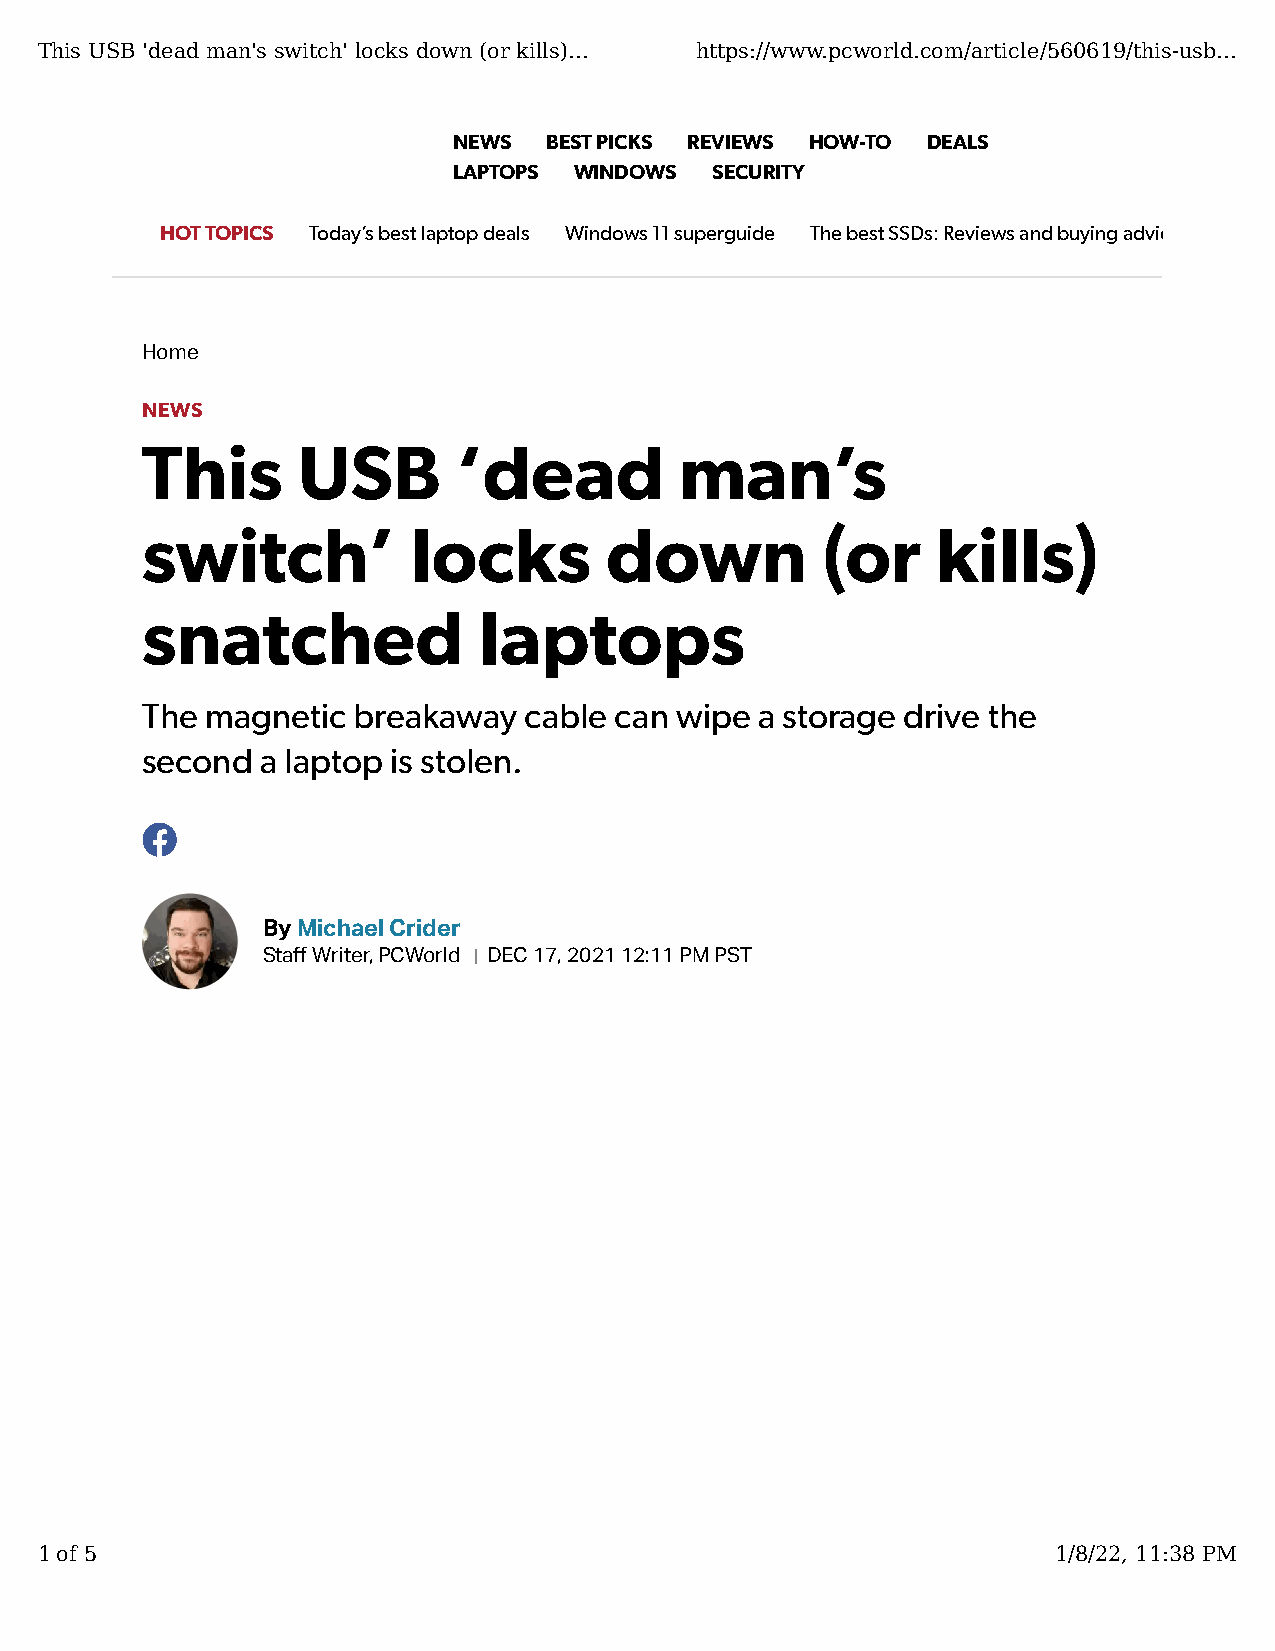
This USB 'dead man's switch' locks down (or kills)... https://www.pcworld.com/article/560619/this-usb...
 NEWS  BEST PICKS REVIEWS HOW-TO DEALS
 LAPTOPS WINDOWS  SECURITY
 HOT TOPICS Today’s best laptop deals Windows 11 superguide The best SSDs: Reviews and buying advice
 Home
 NEWS
 This       USB       ‘dead          man’s
 switch’           locks        down          (or     kills)
 snatched               laptops
 The  magnetic breakaway   cable can wipe a storage drive the
 second  a laptop is stolen.
 By Michael Crider
 Sta� Writer,PCWorld DEC 17, 2021 12:11 PM PST
 1 of 5                                                              1/8/22, 11:38 PM